system: You are a helpful assistant.
user:
Analyze the provided spectrum to determine if it is a **Carbon Star (C-type)**.

- **Key Visual Indicators of Carbon Star:**
    - **(Primary):** Strong molecular absorption from **C₂ (diatomic carbon) "Swan Bands."** This is the **defining feature** of a carbon star.
        - **(Key Bandheads):** Sharp absorption edges are visible at approximately $5635$ Å, $5165$ Å (the strongest band), and $4737$ Å.
        - **(Line Profile):** Creates a distinct **"saw-tooth"** pattern. The key morphology is a sharp, steep bandhead on the **red (long-wavelength) side**, which then gradually tapers off (i.e., flux recovers) towards the **blue (short-wavelength) side**. *(This is the direct opposite of the TiO bands seen in M-type stars)*.

    - **(Secondary):** Intense **CN (cyanogen)** molecular absorption bands.
        - **(Key Bandheads):** Located in the blue and violet regions of the spectrum (e.g., near $4215$ Å and $3883$ Å).
        - **(Morphology):** These bands are extremely broad and act as a "blanket," absorbing the vast majority of blue and violet light. This creates a characteristic **"cliff"** or **"steep drop-off"** in the spectrum's flux at short wavelengths.

    - **(Key Confirmation):** Strong **CH absorption band (G-band)**.
        - **(Key Bandhead):** Located around $4300$ Å. The contribution from CH molecules to this band is exceptionally strong.

    - **(Overall Spectrum):**
        - The continuum is severely "chopped up" by these deep molecular bands, especially C₂, rather than appearing as a smooth curve.
        - Due to the heavy CN and C₂ absorption in the blue-green, the vast majority of the star's flux is concentrated in the red part of the spectrum, giving the star its characteristic deep red color.

Think first, call **spectral_visualization_tool** if needed to examine features in detail, then provide your final answer. Your response must adhere to the following strict rules:
1.  **Overall Structure:** Your response must follow the format `<think>...</think> <tool_call>...</tool_call> (if a tool is used) <answer>...</answer>`.
2.  **Tool Usage Constraint:** You may only make **one** tool call per turn.
3.  **Final Answer Format:** In the `<answer>` tag, your conclusion must be inside a `\boxed{}` command (e.g., `\boxed{YES}`), followed by your justification.

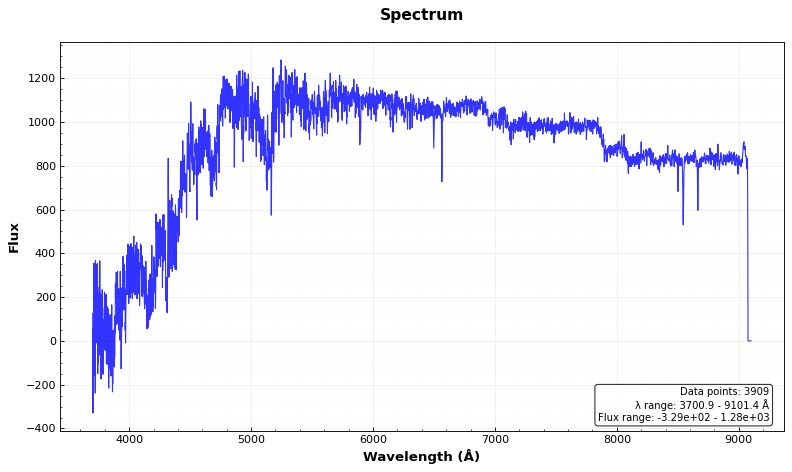
Answer: YES